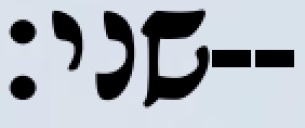
שני׃--